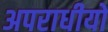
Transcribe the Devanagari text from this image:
अपराधीयों